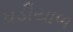
ઘડીયાળ